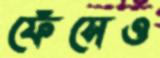
ফেঁসেও